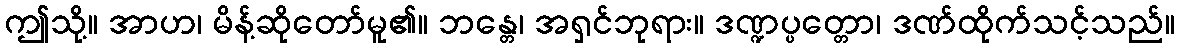
ဤသို့။ အာဟ၊ မိန့်ဆိုတော်မူ၏။ ဘန္တေ၊ အရှင်ဘုရား။ ဒဏ္ဍပ္ပတ္တော၊ ဒဏ်ထိုက်သင့်သည်။